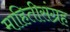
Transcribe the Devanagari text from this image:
माहितीसंग्रह